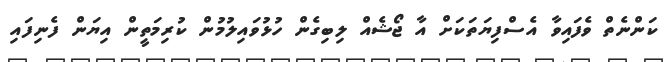
ކަންނެތް ވެފައިވާ އެސްފިޔަތަކަށް އާ ޖޯޝެއް ލިބިގެން ހުޅުވައިލުމުން ކުރިމަތީން އިޔަން ފެނިފައި